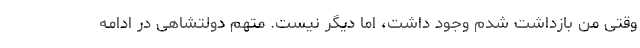
وقتی من بازداشت شدم وجود داشت، اما دیگر نیست. متهم دولتشاهی در ادامه